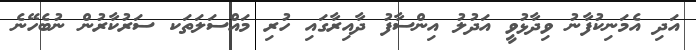
އަދި އެމަނިކުފާނު ވިދާޅުވީ އަދުލު އިންސާފު ދާއިރާގައި ހުރި މައްސަލަތަކ ސަރުކާރުން ނުބެހޭނެ